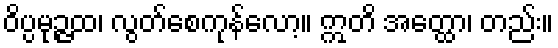
ဝိပ္ပမုဉ္ဇထ၊ လွတ်စေကုန်လော့။ ဣတိ အတ္ထော၊ တည်း။